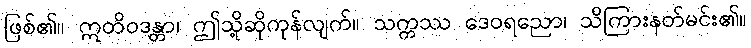
ဖြစ်၏။ ဣတိဝဒန္တာ၊ ဤသို့ဆိုကုန်လျက်။ သက္ကဿ ဒေဝရညော၊ သိကြားနတ်မင်း၏။